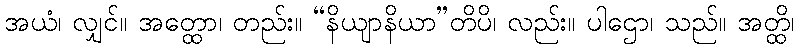
အယံ၊ လျှင်။ အတ္ထော၊ တည်း။ “နိယျာနိယာ”တိပိ၊ လည်း။ ပါဌော၊ သည်။ အတ္ထိ၊